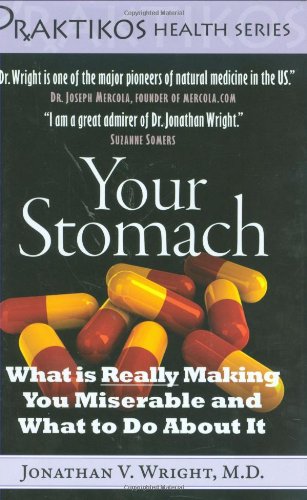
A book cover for Your Stomach: What is Really Making You Miserable and What to Do About It (Praktikos Health Series); Jonathan V. Wright; Health, Fitness & Dieting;